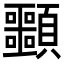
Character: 䫷